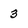
Character: 3